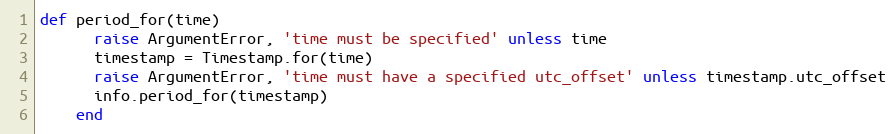
Language: Ruby
def period_for(time)
      raise ArgumentError, 'time must be specified' unless time
      timestamp = Timestamp.for(time)
      raise ArgumentError, 'time must have a specified utc_offset' unless timestamp.utc_offset
      info.period_for(timestamp)
    end